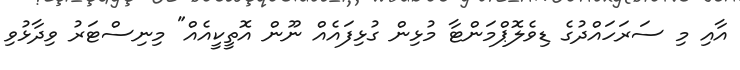
އާއި މި ސަރަހައްދުގެ ޑިވެލޮޕްމަންޓާ މުޅިން ގުޅިފައެއް ނޫން އޮތީކީއެއް" މިނިސްޓަރު ވިދާޅުވި